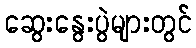
ဆွေးနွေးပွဲများတွင်